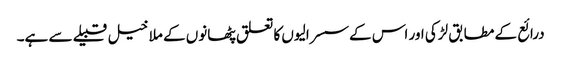
درائع کے مطابق لڑکی اور اس کےسسرالیوں کا تعلق پٹھانوں کے ملا خیل قبیلے سے ہے۔